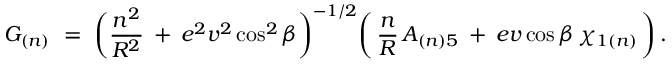
G _ { ( n ) } \ = \ \bigg ( \frac { n ^ { 2 } } { R ^ { 2 } } \: + \: e ^ { 2 } v ^ { 2 } \cos ^ { 2 } \beta \bigg ) ^ { - 1 / 2 } \bigg ( \, \frac { n } { R } \, A _ { ( n ) 5 } \: + \: e v \cos \beta \, \chi _ { 1 ( n ) } \, \bigg ) \, .